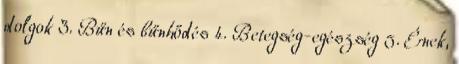
dolgok 3. Bűn és bűnhődés 4. Betegség-egészség 5. Ének,